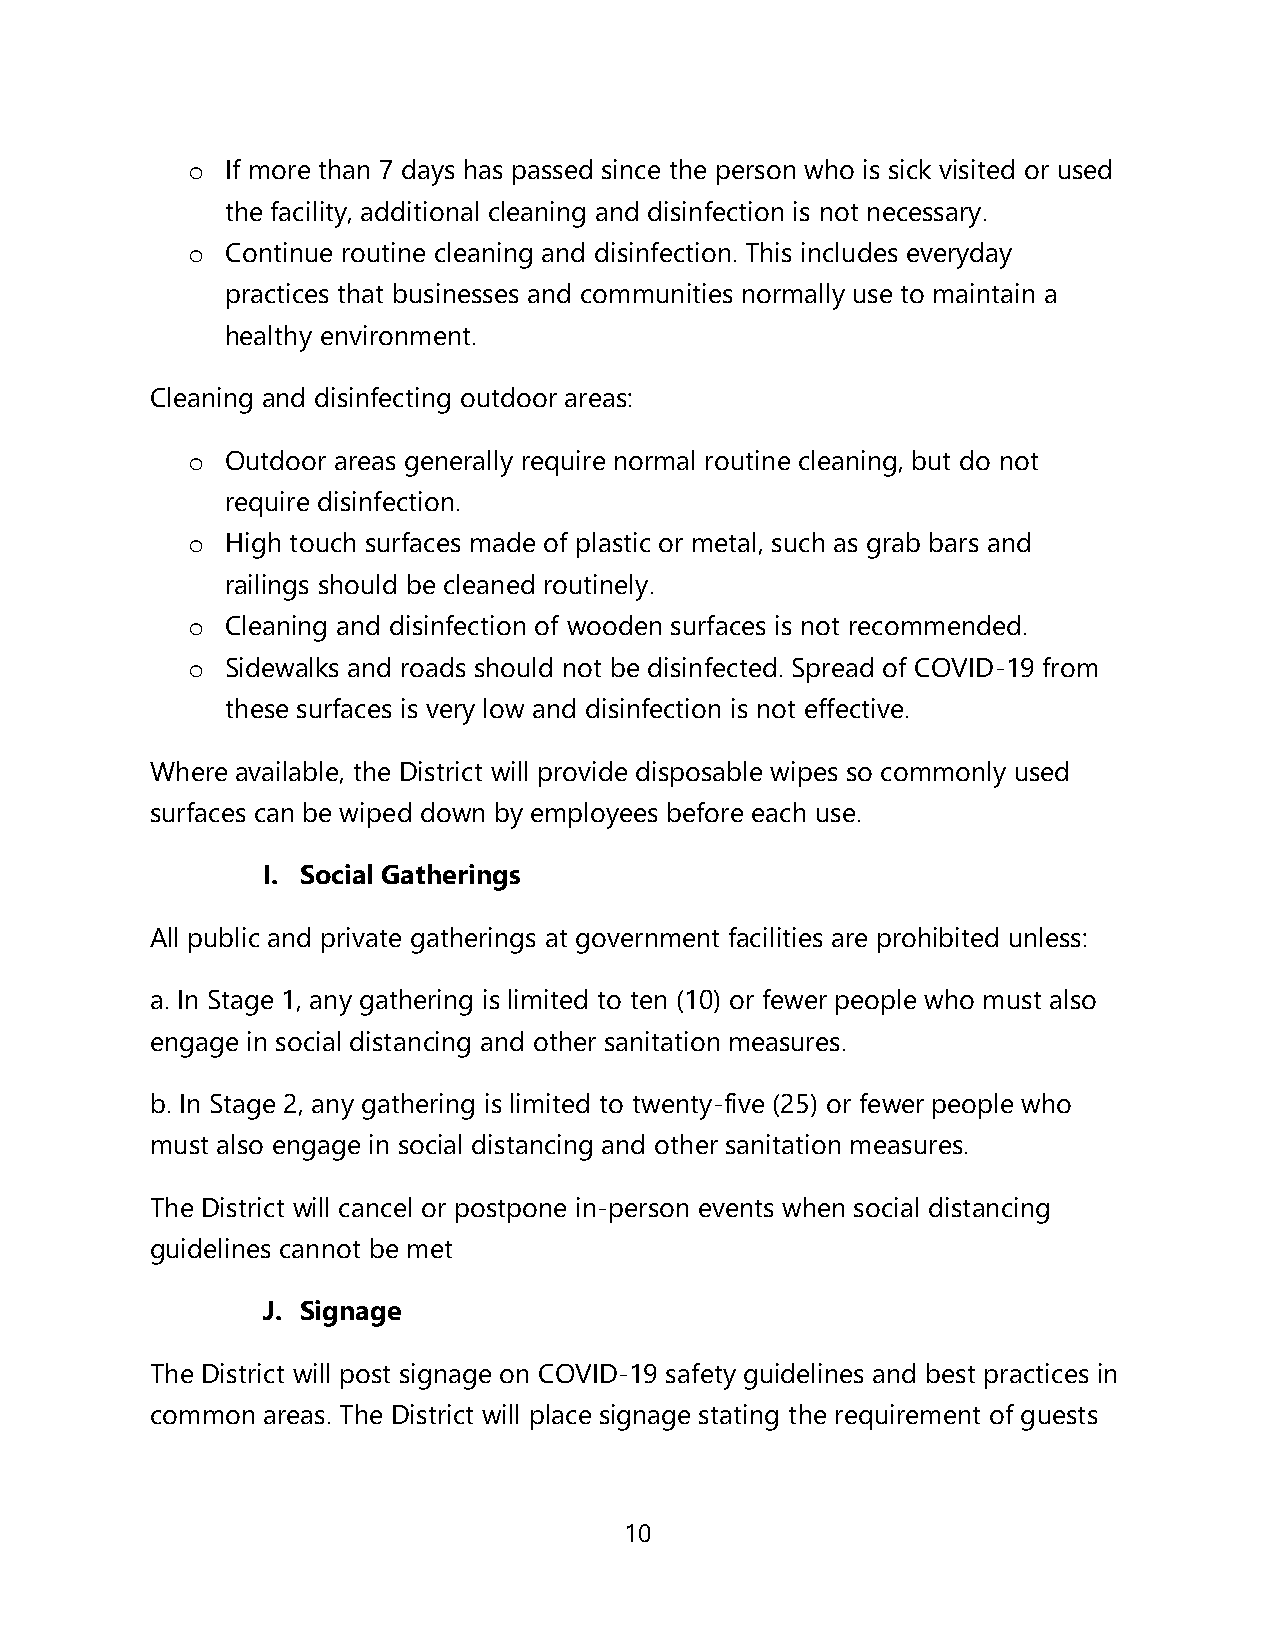
o  If more than 7 days has passed since the person who is sick visited or used
 the facility, additional cleaning and disinfection is not necessary.
 o  Continue routine cleaning and disinfection. This includes everyday
 practices that businesses and communities normally use to maintain a
 healthy environment.
 Cleaning and disinfecting outdoor areas:
 o  Outdoor areas generally require normal routine cleaning, but do not
 require disinfection.
 o  High touch surfaces made of plastic or metal, such as grab bars and
 railings should be cleaned routinely.
 o  Cleaning and disinfection of wooden surfaces is not recommended.
 o  Sidewalks and roads should not be disinfected. Spread of COVID-19 from
 these surfaces is very low and disinfection is not effective.
 Where available, the District will provide disposable wipes so commonly used
 surfaces can be wiped down by employees before each use.
 I. Social Gatherings
 All public and private gatherings at government facilities are prohibited unless:
 a. In Stage 1, any gathering is limited to ten (10) or fewer people who must also
 engage in social distancing and other sanitation measures.
 b. In Stage 2, any gathering is limited to twenty-five (25) or fewer people who
 must also engage in social distancing and other sanitation measures.
 The District will cancel or postpone in-person events when social distancing
 guidelines cannot be met
 J. Signage
 The District will post signage on COVID-19 safety guidelines and best practices in
 common areas. The District will place signage stating the requirement of guests
 10